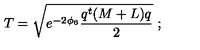
T = \sqrt { e ^ { - 2 \phi _ { 6 } } \frac { q ^ { t } ( M + L ) q } { 2 } } \ ;